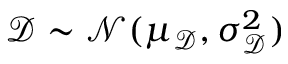
\mathscr D \sim \mathcal N ( \mu _ { \mathscr D } , \sigma _ { \mathscr D } ^ { 2 } )